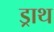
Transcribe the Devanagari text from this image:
ड्राथ